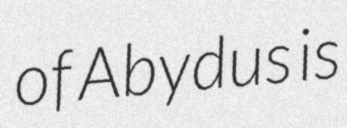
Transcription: of Abydus is